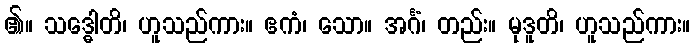
၏။ သဒ္ဓေါတိ၊ ဟူသည်ကား။ ဧကံ၊ သော။ အင်္ဂံ၊ တည်း။ မုဒူတိ၊ ဟူသည်ကား။